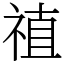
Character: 禃